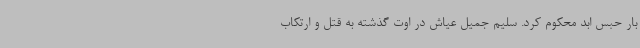
بار حبس ابد محکوم کرد. سلیم جمیل عیاش در اوت گذشته به قتل و ارتکاب